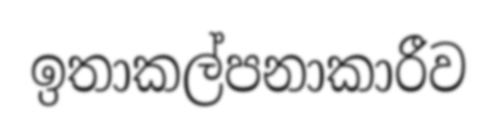
ඉතාකල්පනාකාරීව